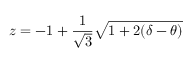
z = - 1 + \frac { 1 } { \sqrt { 3 } } \sqrt { 1 + 2 ( \delta - \theta ) }